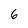
Character: 6